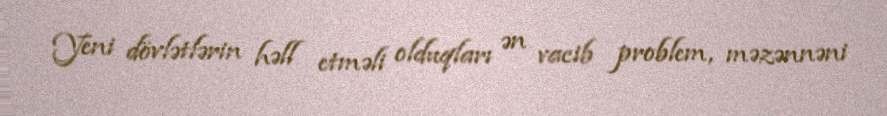
Yeni dövlətlərin həll etməli olduqları ən vacib problem, məzənnəni